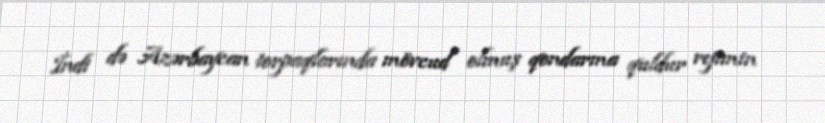
İndi də Azərbaycan torpaqlarında mövcud olmuş qondarma quldur rejimin